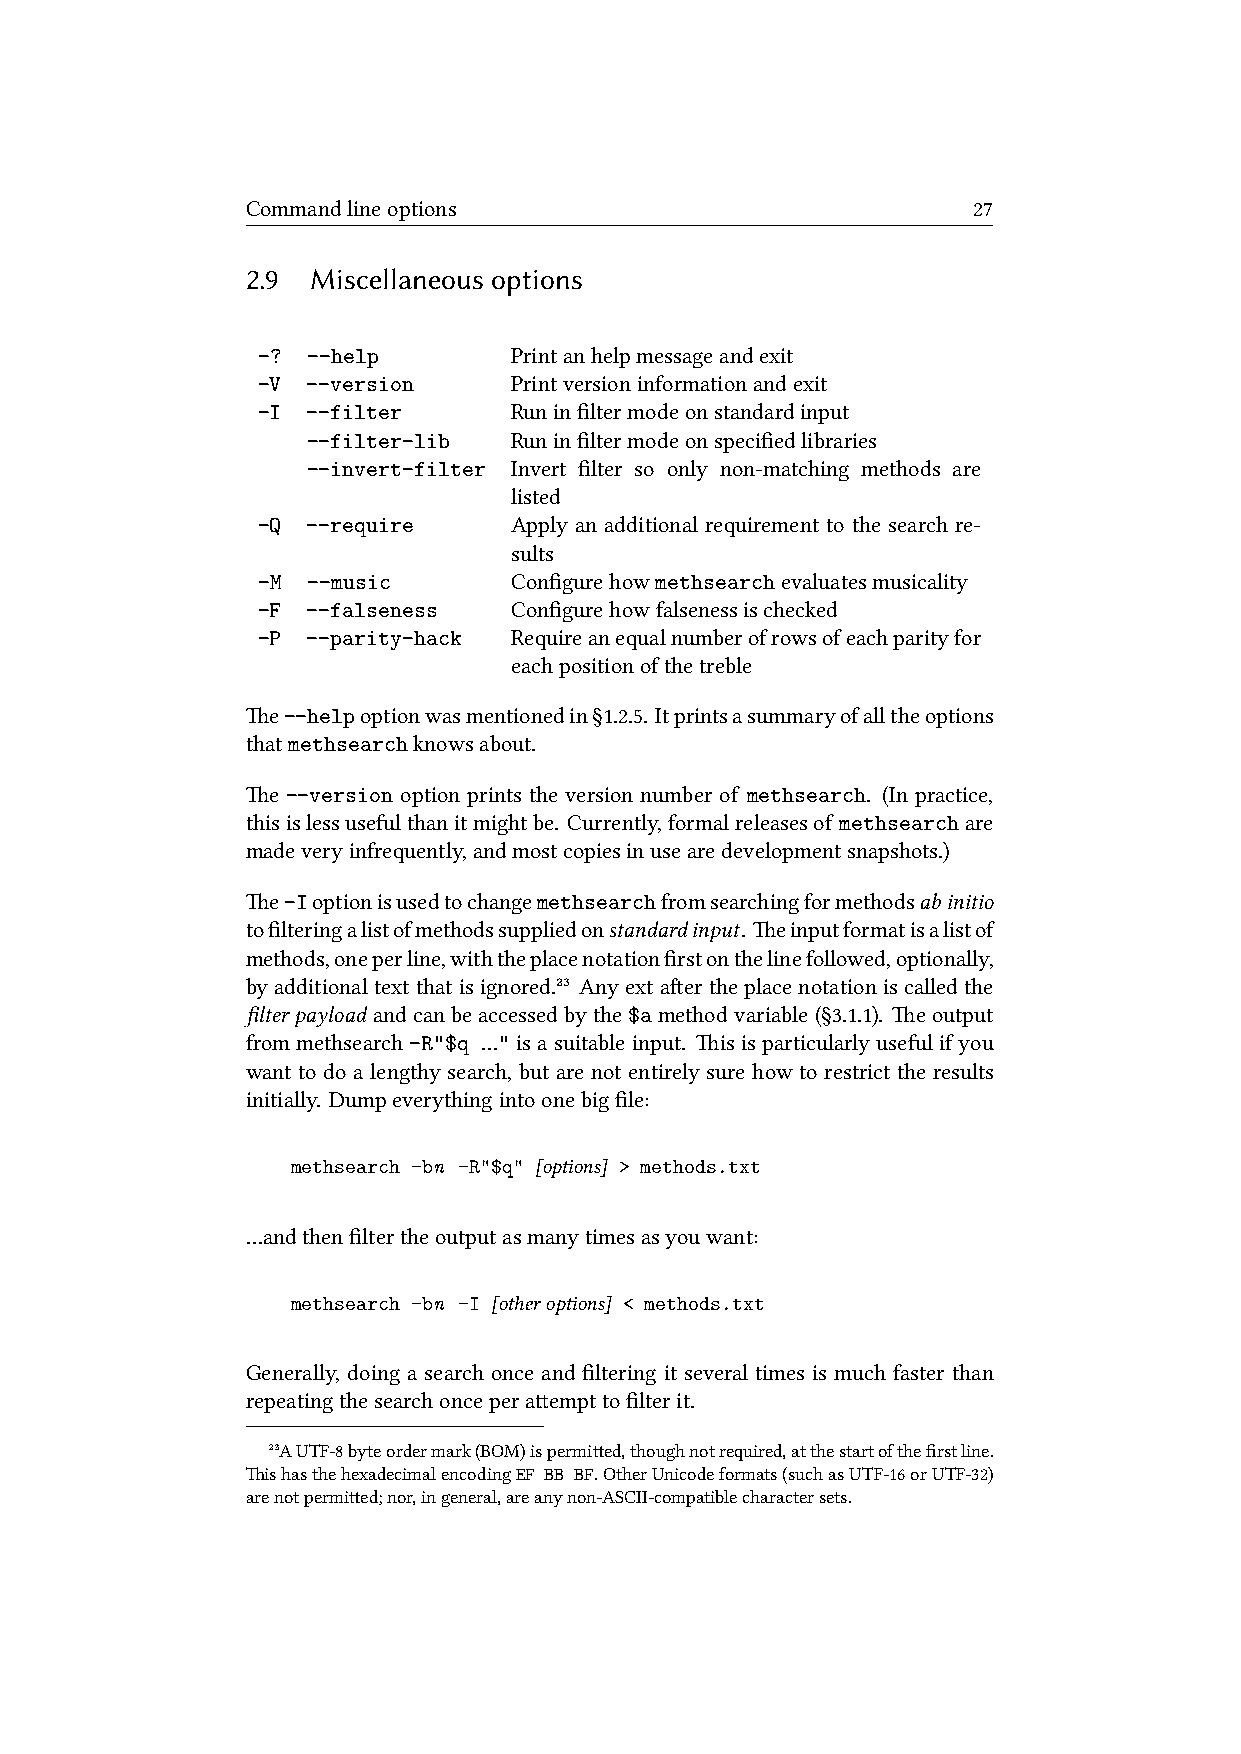
Commandlineoptions                              27
 2.9  Miscellaneous options
 -? --help        Printanhelpmessageandexit
 -V --version     Printversioninformationandexit
 -I --filter      Runinfiltermodeonstandardinput
 --filter-lib  Runinfiltermodeonspecifiedlibraries
 --invert-filter Invert filter so only non-matching methods are
 listed
 -Q --require     Apply an additional requirement to the search re-
 sults
 -M --music       Configurehowmethsearchevaluatesmusicality
 -F --falseness   Configurehowfalsenessischecked
 -P --parity-hack Requireanequalnumberofrowsofeachparityfor
 eachpositionofthetreble
 e--helpoptionwasmentionedin§1.2.5. Itprintsasummaryofalltheoptions
 thatmethsearchknowsabout.
 e --version option prints the version number of methsearch. (In practice,
 thisislessusefulthanitmightbe. Currently,formalreleasesof methsearchare
 madeveryinfrequently,andmostcopiesinusearedevelopmentsnapshots.)
 e-Ioptionisusedtochangemethsearchfromsearchingformethodsabinitio
 tofilteringalistofmethodssuppliedonstandardinput. einputformatisalistof
 methods,oneperline,withtheplacenotationfirstonthelinefollowed,optionally,
 byadditionaltextthatisignored.²³ Anyextaertheplacenotationiscalledthe
 filterpayload andcanbeaccessedbythe$amethodvariable(§3.1.1). eoutput
 from methsearch -R"$q …" is a suitable input. is is particularly useful if you
 want to do a lengthy search, but are not entirely sure how to restrict the results
 initially. Dumpeverythingintoonebigfile:
 methsearch -bn -R"$q" [options] > methods.txt
 …andthenfiltertheoutputasmanytimesasyouwant:
 methsearch -bn -I [otheroptions] < methods.txt
 Generally, doing a search once and filtering it several times is much faster than
 repeatingthesearchonceperaempttofilterit.
 ²³AUTF-8byteordermark(BOM)ispermied,thoughnotrequired,atthestartofthefirstline.
 ishasthehexadecimalencodingEF BB BF.OtherUnicodeformats(suchasUTF-16orUTF-32)
 arenotpermied;nor,ingeneral,areanynon-ASCII-compatiblecharactersets.